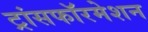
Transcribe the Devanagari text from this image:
ट्रांसफॉरमेशन